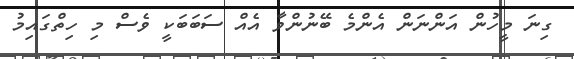
ގިނަ މީހުން އަންނަން އެންމެ ބޭނުންވާ އެއް ސަބަބަކީ ވެސް މި ހިތްގައިމު